Annual administration report of the Civil Veterinary Department, Ajmere-Merwara, British Rajputana - 1914-1940
Year: 1914
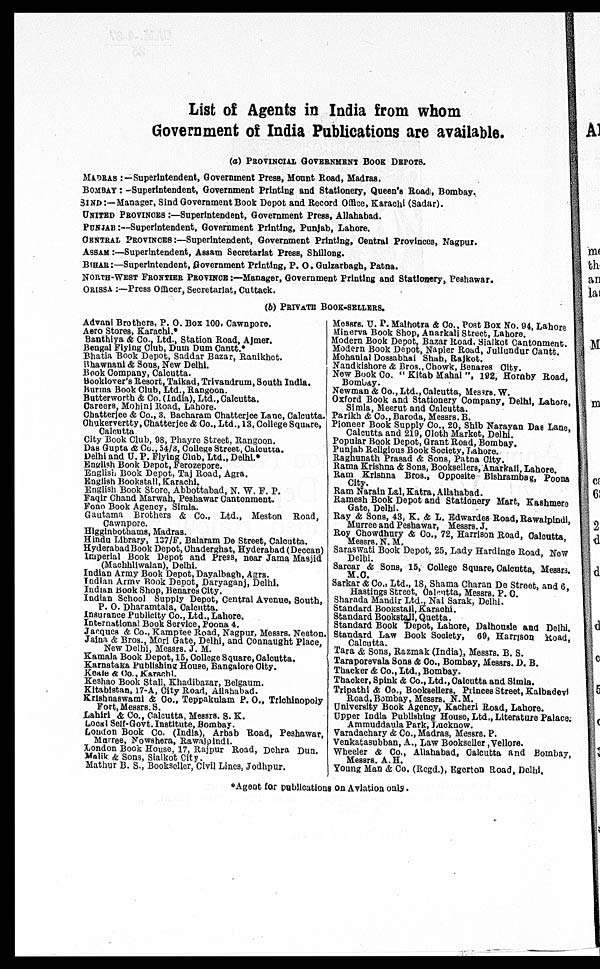
List of Agents in India from whom
Government of India Publications are available.
(a) PROVINCIAL GOVERNMENT BOOK DEPOTS.
MADRAS :—Superintendent, Government Press, Mount Road, Madras.
BOMBAY : -Superintendent, Government Printing and Stationery, Queen's Road, Bombay.
SIND:—Manager, Sind Government Book Depot and Record Office, Karachi (Sadar).
UNITED PROVINCES:—Superintendent, Government Press, Allahabad.
PUNJAB :—Superintendent, Government Printing, Punjab, Lahore.
CENTRAL PROVINCES:—Superintendent, Government Printing, Central Provinces, Nagpur.
ASSAM:—Superintendent, Assam Secretariat Press, Shillong.
BIHAR:—Superintendent, Government Printing, P. O. Gulzarbagh, Patna.
NORTH-WEST FRONTIER PROVINCE:—Manager, Government Printing and Stationery, Peshawar.
ORISSA :—Press Officer, Secretariat, Cuttack.
(b) PRIVATE BOOK-SELLERS.
Advani Brothers, P. O. Box 100, Cawnpore.
Aero Stores, Karachi.*
Banthiya & Co., Ltd., Station Road, Ajmer.
Bengal Flying Club, Dum Dum Cantt.*
Bhatia Book Depot, Saddar Bazar, Ranikhet.
Bhawnani & Sons, New Delhi.
Book Company, Calcutta.
Booklover's Resort, Taikad, Trivandrum, South India.
Burma Book Club, Ltd.. Rangoon.
Butterworth & Co. (India), Ltd., Calcutta.
Careers, Mohini Road, Lahore.
Chatterjee & Co., 3, Bacharam Chatterjee Lane, Calcutta.
Ohukervertty, Chatterjee & Co., Ltd., 13, College Square,
Calcutta
City Book Club, 98, Phayre Street, Rangoon.
Das Gupta & Co., 54/3, College Street, Calcutta.
Delhi and U. P. Flying Club, Ltd., Delhi.*
English Book Depot, Ferozepore.
English Book Depot, Taj Road, Agra.
English Bookstall, Karachi.
English Book Store, Abbottabad, N. W. F. P.
Faqir Chand Marwah, Peshawar Cantonment.
Fono Book Agency, Simla.
Gautama Brothers & Co., Ltd., Meston Road,
Cawnpore.
Higginbothams, Madras.
Hindu Library, 137/F, Balaram De Street, Calcutta.
Hyderabad Book Depot, Chaderghat, Hyderabad (Deccan)
Imperial Book Depot and Press, near Jama Masjid
(Machhliwalan), Delhi.
Indian Army Book Depot, Dayalbagh, Agra.
Indian Army Book Depot, Daryaganj, Delhi.
Indian Book Shop, Benares City.
Indian School Supply Depot, Central Avenue, South,
P. O. Dharamtala, Calcutta.
Insurance Publicity Co., Ltd., Lahore.
International Book Service, Poona 4.
Jacques & Co., Kamptee Road, Nagpur, Messrs. Neston.
Jaina & Bros., Mori Gate, Delhi, and Connaught Place,
New Delhi, Messrs. J. M.
Kamala Book Depot, 15, College Square, Calcutta.
Karnataka Publishing House, Bangalore City.
Keale & Co., Karachi.
Keshao Book Stall, Khadibazar, Belgaum.
Kltabistan, 17-A, City Road, Allahabad.
Krishnaswami & Co., Teppakulam P. O., Trichinopoly
Fort, Messrs. S.
Lahiri & Co., Calcutta, Messrs. S. K.
Local Self-Govt. Institute, Bombay.
London Book Co. (India), Arbab Road, Peshawar,
Murree, Nowshera, Rawalpindi.
London Book House, 17, Rajpur Road, Dehra Dun.
Malik & Sons, Sialkot City.
Mathur B. S., Bookseller, Civil Lines, Jodhpur.
Messrs. U. P. Malhotra & Co.. Post Box No. 94, Lahore
Minerva Book Shop, Anarkali Street, Lahore.
Modern Book Depot, Bazar Road, Sialkot Cantonment.
Modern Book Depot, Napier Road, Jullundur Cantt.
Mohanlal Dossabhai Shah, Rajkot.
Nandkishore & Bros., Chowk, Benares City.
New Book Co. "Kitab Mahal", 192, Hornby Road,
Bombay.
Newman & Co., Ltd., Calcutta, Messrs. W.
Oxford Book and Stationery Company, Delhi, Lahore,
Simla, Meerut and Calcutta.
Parikh & Co., Baroda, Messrs. B.
Pioneer Book Supply Co., 20, Shib Narayan Das Lane,
Calcutta and 219, Cloth Market, Delhi.
Popular Book Depot, Grant Road, Bombay.
Punjab Religious Book Society, Lahore.
Raghunath Prasad & Sons, Patna City.
Rama Krishna & Sons, Booksellers, Anarkali, Lahore.
Ram Krishna Bros., Opposite Bishrambag, Poona
City.
Ram Narain Lal, Katra, Allahabad.
Ramesh Book Depot and Stationery Mart, Kashmere
Gate, Delhi.
Ray & Sons, 43, K. & L. Edwardes Road, Rawalpindi,
Murree and Peshawar, Messrs. J.
Roy Chowdhury & Co., 72, Harrison Road, Calcutta
Messrs. N. M.
Saraswati Book Depot, 25, Lady Hardinge Road, New
Delhi.
Sarcar & Sons, 15, College Square, Calcutta, Messrs.
M.O.
Sarkar & Co., Ltd., 18, Shama Charan De Street, and 6,
Hastings Street, Calcutta, Messrs. P. O.
Sharada Mandir Ltd., Nai Sarak, Delhi.
Standard Bookstall, Karachi.
Standard Bookstall, Quetta.
Standard Book Depot, Lahore, Dalhousle and Delhi.
Standard Law Book Society, 69, Harrison Road,
Calcutta.
Tara & Sons, Razmak (India), Messrs. B. S.
Taraporevala Sons & Co., Bombay, Messrs. D. B.
Thacker & Co., Ltd., Bombay.
Thacker, Spink & Co., Ltd., Calcutta and Simla.
Tripathi & Co., Booksellers, Princes Street, Kalbadevi
Road, Bombay, Messrs. N.M.
University Book Agency, Kacheri Road, Lahore.
Upper India Publishing House, Ltd., Literature Palace.
Ammuddaula Park, Lucknow.
Varadachary & Co., Madras, Messrs. P.
Venkatasubban, A., Law Bookseller, Vellore.
Wheeler & Co., Allahabad, Calcutta and Bombay,
Messrs A. H.
Young Man & Co. (Regd.), Egerton Road, Delhi,
*Agent for publications on Aviation only.